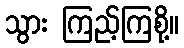
သွား ကြည့်ကြစို့။